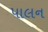
પાલન